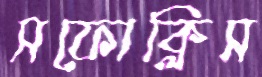
সফোক্লিস